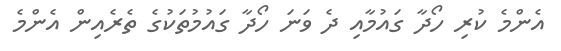
އެންމެ ކުރި ހޯދާ ގައުމާއި ދެ ވަނަ ހޯދާ ގައުމުތަކުގެ ތެރެއިން އެންމެ